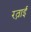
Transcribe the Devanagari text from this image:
रत्नाई